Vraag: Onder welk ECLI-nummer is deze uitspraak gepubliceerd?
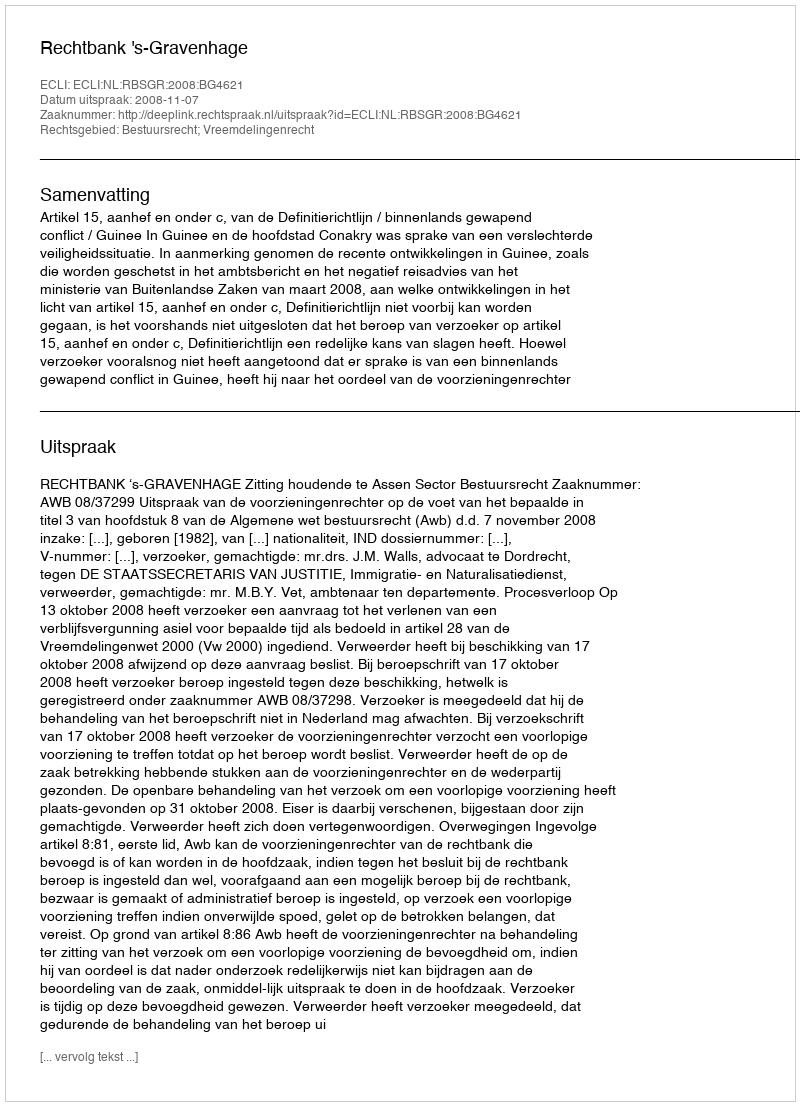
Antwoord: ECLI:NL:RBSGR:2008:BG4621